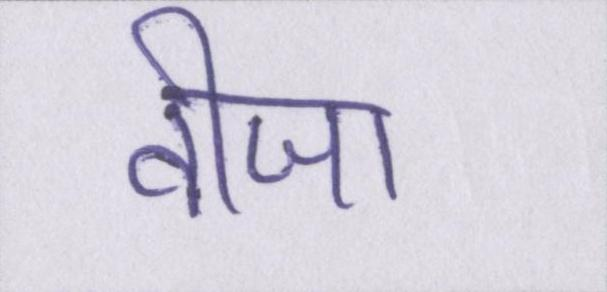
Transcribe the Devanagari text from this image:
वीजा